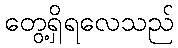
တွေ့ရှိရလေသည်